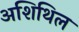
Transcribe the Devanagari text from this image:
अशिथिल